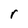
Character: r